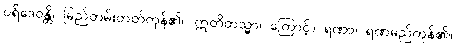
ပရိဒေဝန္တိ၊ မြည်တမ်းတတ်ကုန်၏။ ဣတိတသ္မာ၊ ကြောင့်။ ရဏာ၊ ရဏမည်ကုန်၏။